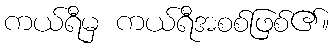
ကယ်ရီမှ ကယ်ရီအစစ်ဖြစ်၏။